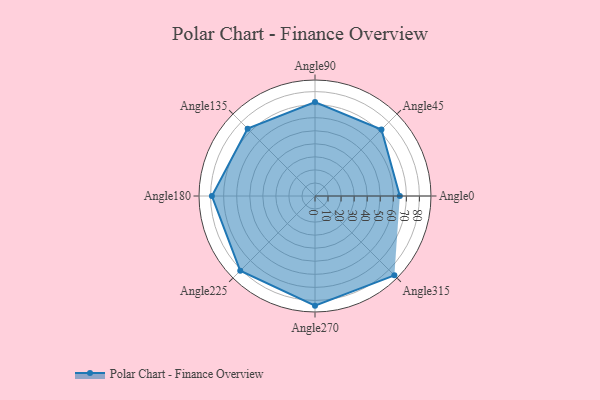
{"axis": {"x": "Angle", "y": "Radius"}, "legend": [""], "data": [{"x": "Angle0", "y": 65.0, "type": ""}, {"x": "Angle45", "y": 72.0, "type": ""}, {"x": "Angle90", "y": 72.0, "type": ""}, {"x": "Angle135", "y": 73.0, "type": ""}, {"x": "Angle180", "y": 79.0, "type": ""}, {"x": "Angle225", "y": 81.0, "type": ""}, {"x": "Angle270", "y": 84.0, "type": ""}, {"x": "Angle315", "y": 86.0, "type": ""}]}